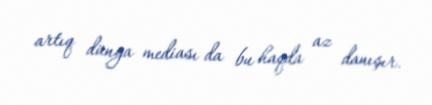
artıq dünya mediası da bu haqda az danışır.